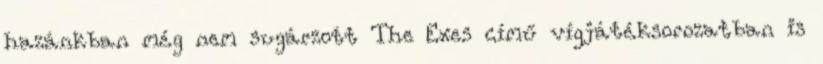
hazánkban még nem sugárzott The Exes című vígjátéksorozatban is